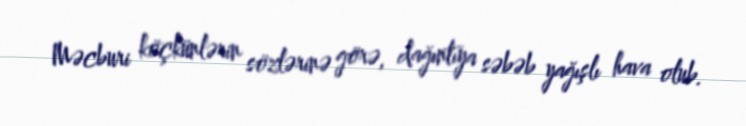
Məcburi köçkünlərin sözlərinə görə, dağıntıya səbəb yağışlı hava olub.